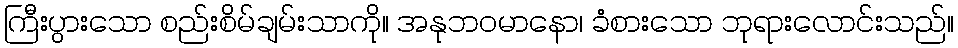
ကြီးပွားသော စည်းစိမ်ချမ်းသာကို။ အနုဘဝမာနော၊ ခံစားသော ဘုရားလောင်းသည်။